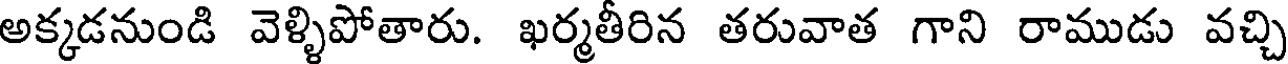
అక్కడనుండి వెళ్ళిపోతారు. ఖర్మతీరిన తరువాత గాని రాముడు వచ్చి